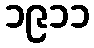
၁၉၁၁